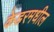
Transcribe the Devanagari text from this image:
केडरमधील